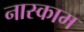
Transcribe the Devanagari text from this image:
नास्काम